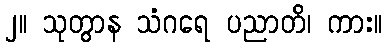
၂။ သုတွာန သံဂရေ ပညာတိ၊ ကား။